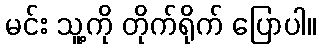
မင်း သူ့ကို တိုက်ရိုက် ပြောပါ။